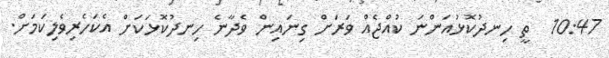
10:47  ތީ ހިނދުކޮޅުއަންނަ ކުއްޖެއް ވަރަށް ގިނައިން ވެދާނެ ހިނދުކޮޅަކަށް އެކަހެރިވެލިކަމަށް.